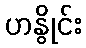
ဟနွိုင်း